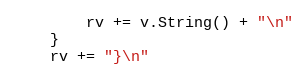
Language: Go
		rv += v.String() + "\n"
	}
	rv += "}\n"